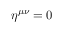
\eta ^ { \mu \nu } = 0